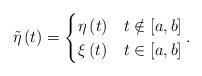
LaTeX: \begin{align*}\tilde{\eta}\left(t\right)=\begin{cases}\eta\left(t\right) & t\notin\left[a,b\right]\\\xi\left(t\right) & t\in\left[a,b\right]\end{cases}.\end{align*}